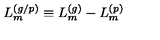
L _ { m } ^ { ( g / p ) } \equiv L _ { m } ^ { ( g ) } - L _ { m } ^ { ( p ) }